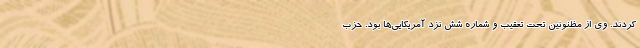
کردند. وی از مظنونین تحت تعقیب و شماره شش نزد آمریکایی‌ها بود. حزب